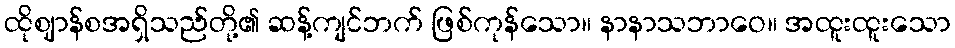
ထိုဈာန်စအရှိသည်တို့၏ ဆန့်ကျင်ဘက် ဖြစ်ကုန်သော။ နာနာသဘာဝေ။ အထူးထူးသော